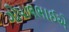
ગોપાલભાઈએ